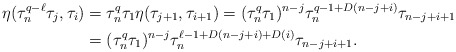
\begin{align*}\eta(\tau_n^{q-\ell}\tau_j, \tau_i)&=\tau_n^q\tau_1 \eta(\tau_{j+1},\tau_{i+1})=(\tau_n^q \tau_1)^{n-j} \tau_n^{q-1+D(n-j+i)}\tau_{n-j+i+1}\\ &=(\tau_n^q \tau_1)^{n-j} \tau_n^{\ell-1+D(n-j+i)+D(i)}\tau_{n-j+i+1}.\end{align*}